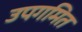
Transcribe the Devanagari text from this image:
उपगमित